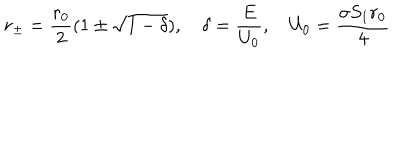
LaTeX: r _ { \pm } = \frac { r _ { 0 } } { 2 } ( 1 \pm \sqrt { 1 - \delta } ) , \quad \delta = \frac { E } { U _ { 0 } } , \quad U _ { 0 } = \frac { \sigma S _ { 1 } r _ { 0 } } { 4 }